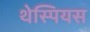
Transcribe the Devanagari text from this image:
थेस्पियस